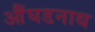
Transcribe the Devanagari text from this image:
औंघडनाथ